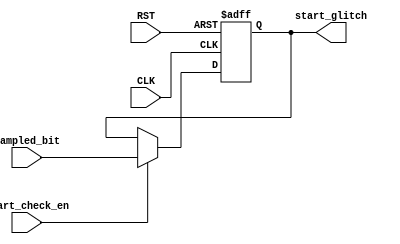
module start_check (
input	wire 				CLK,
input	wire 				RST,
input	wire 				start_check_en,
input	wire 				sampled_bit,

output	reg					start_glitch
);


always @(posedge CLK, negedge RST)
 begin
	if (!RST)
	 begin
		start_glitch <= 1'b0 ;
	 end
	else if (start_check_en)
	 begin
		start_glitch <= (sampled_bit != 1'b0) ;
	 end
 end
 
endmodule